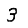
Digit: 3